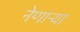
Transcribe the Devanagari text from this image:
नेणाऱ्‍या